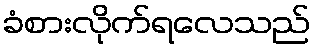
ခံစားလိုက်ရလေသည်